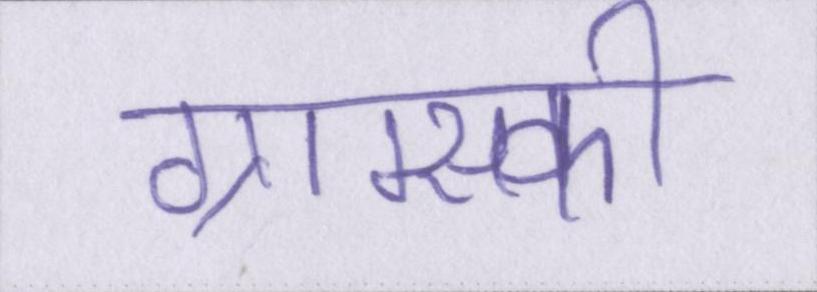
ग्राम्स्की